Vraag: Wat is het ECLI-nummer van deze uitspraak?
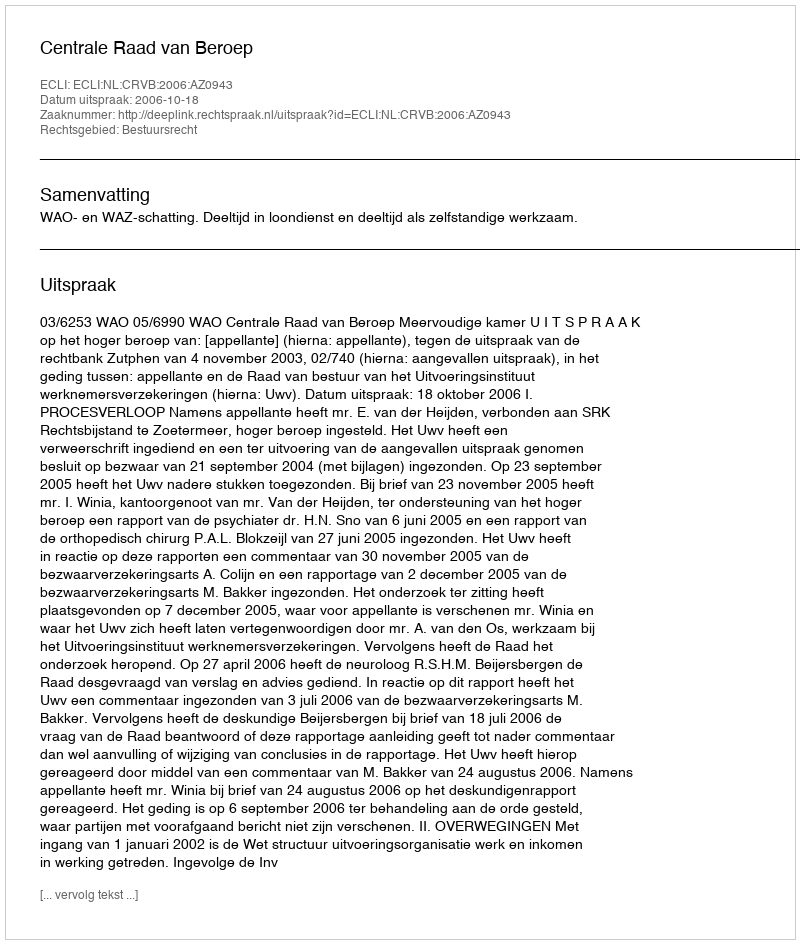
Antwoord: ECLI:NL:CRVB:2006:AZ0943